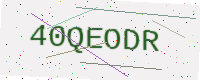
Text: 40QEODR